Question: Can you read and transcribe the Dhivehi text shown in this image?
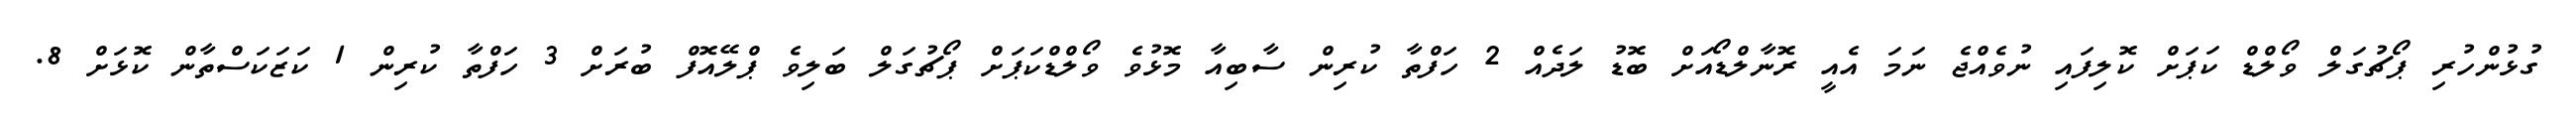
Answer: ގުޅުންހުރި ޕޯޗުގަލް ވޯލްޑް ކަޕަށް ކޮލިފައި ނުވެއްޖެ ނަމަ އެއީ ރޮނާލްޑޯއަށް ބޮޑު ލަދެއް 2 ހަފްތާ ކުރިން ސާބިއާ މޮޅުވެ ވޯލްޑްކަޕަށް ޕޯޗުގަލް ބަލިވެ ޕްލޭއޮފް ބުރަށް 3 ހަފްތާ ކުރިން 1 ކަޒަކަސްތާން ކޮޅަށް 8.